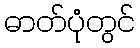
ဓာတ်ပုံတွင်